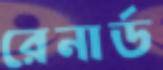
রেনার্ড